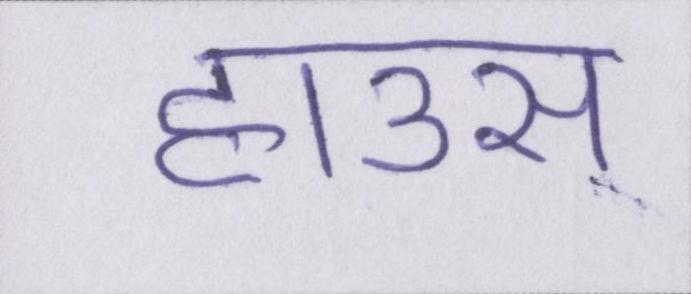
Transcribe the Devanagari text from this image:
हाउस